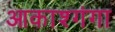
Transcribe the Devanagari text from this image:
आकाश्गंगा